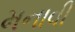
મનાવી